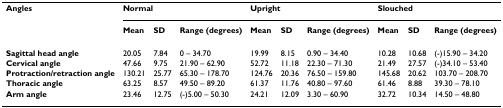
<table><thead><tr><td><b>Angles</b></td><td colspan="3"><b>Normal</b></td><td colspan="3"><b>Upright</b></td><td colspan="3"><b>Slouched</b></td></tr><tr><td></td><td><b>Mean</b></td><td><b>SD</b></td><td><b>Range (degrees)</b></td><td><b>Mean</b></td><td><b>SD</b></td><td><b>Range (degrees)</b></td><td><b>Mean</b></td><td><b>SD</b></td><td><b>Range (degrees)</b></td></tr></thead><tbody><tr><td><b>Sagittal head angle</b></td><td>20.05</td><td>7.84</td><td>0 – 34.70</td><td>19.99</td><td>8.15</td><td>0.90 – 34.40</td><td>10.28</td><td>10.68</td><td>(-)15.90 – 34.20</td></tr><tr><td><b>Cervical angle</b></td><td>47.66</td><td>9.75</td><td>21.90 – 62.90</td><td>52.72</td><td>11.18</td><td>22.30 – 71.30</td><td>21.49</td><td>27.57</td><td>(-)34.10 – 53.40</td></tr><tr><td><b>Protraction/retraction angle</b></td><td>130.21</td><td>25.77</td><td>65.30 – 178.70</td><td>124.76</td><td>20.36</td><td>76.50 – 159.80</td><td>145.68</td><td>20.62</td><td>103.70 – 208.70</td></tr><tr><td><b>Thoracic angle</b></td><td>63.25</td><td>8.57</td><td>49.50 – 89.20</td><td>61.37</td><td>11.76</td><td>40.80 – 97.60</td><td>61.46</td><td>8.88</td><td>39.30 – 78.10</td></tr><tr><td><b>Arm angle</b></td><td>23.46</td><td>12.75</td><td>(-)5.00 – 50.30</td><td>24.21</td><td>12.09</td><td>3.30 – 60.90</td><td>32.72</td><td>10.34</td><td>14.50 – 48.80</td></tr></tbody></table>